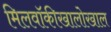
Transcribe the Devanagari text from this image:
मिलवॉकीखालोखाल